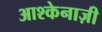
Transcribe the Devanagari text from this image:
आश्केनाज़ी